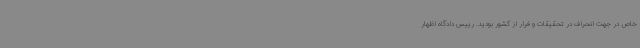
خاص در جهت انحراف در تحقیقات و فرار از کشور بودید. رییس دادگاه اظهار